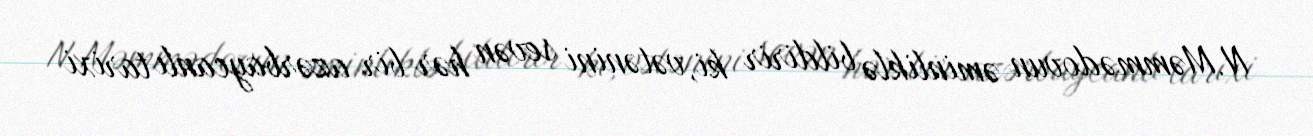
N.Məmmədovun əminliklə bildirir ki, vətənini sevən hər bir azərbaycanlı tarixi